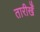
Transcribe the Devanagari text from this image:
तारीखेँ